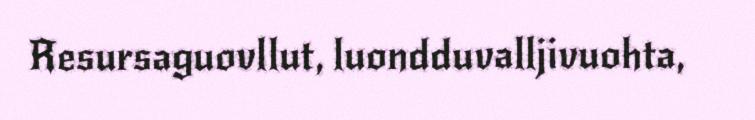
Resursaguovllut, luondduvalljivuohta,